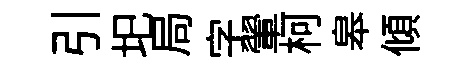
引圯局字翬柯皋傾